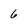
Character: 6